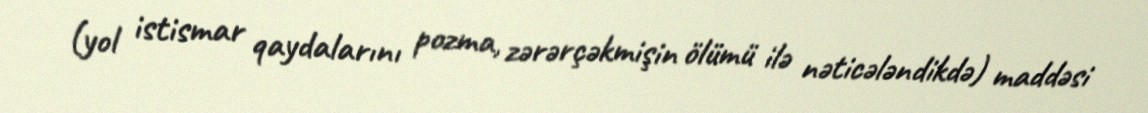
(yol istismar qaydalarını pozma, zərərçəkmişin ölümü ilə nəticələndikdə) maddəsi